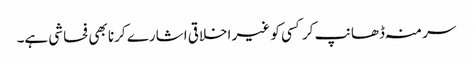
سر منہ ڈھانپ کر کسی کو غیر اخلاقی اشارے کرنا بھی فحاشی ہے۔